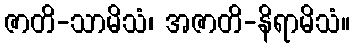
ဇာတိ-သာမိသံ၊ အဇာတိ-နိရာမိသံ။